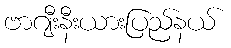
ဗာဂျီးနီးယားပြည်နယ်